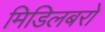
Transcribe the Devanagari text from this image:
मिडिलबरो